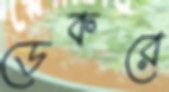
ডেকরে